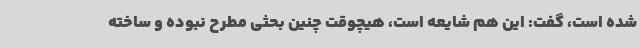
شده است، گفت: این هم شایعه است، هیچوقت چنین بحثی مطرح نبوده و ساخته